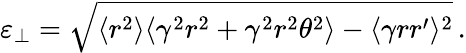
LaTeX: \varepsilon_{\perp}=\sqrt{\langle r^{2}\rangle\langle\gamma^{2}r^{2}+\gamma^{2}r^{2}\theta^{2}\rangle-\langle\gamma rr^{\prime}\rangle^{2}}\, .